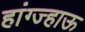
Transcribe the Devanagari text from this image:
हांग्ज्हाऊ